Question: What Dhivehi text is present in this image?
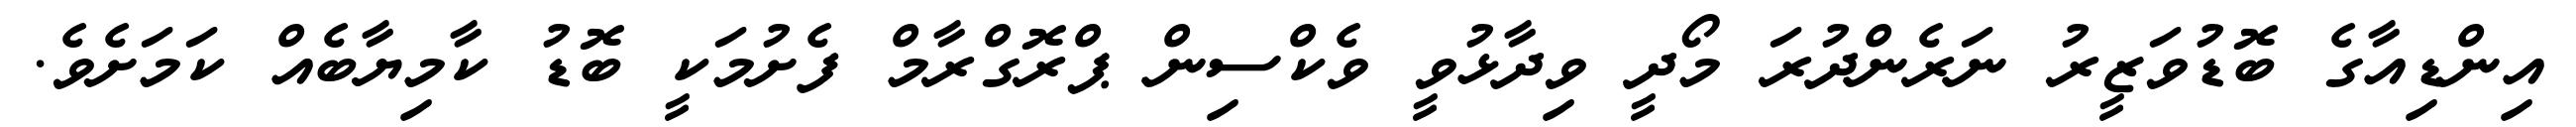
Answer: އިންޑިއާގެ ބޮޑުވަޒީރު ނަރެންދުރަ މޯދީ ވިދާޅުވީ ވެކްސިން ޕްރޮގްރާމް ފެށުމަކީ ބޮޑު ކާމިޔާބެއް ކަމަށެވެ.